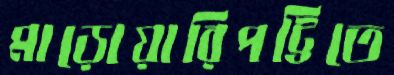
মাড়োয়ারিপট্টিতে